Sanitation, dispensaries and jails vaccination Rajputana 1922-1927 - 1922-1927
Year: 1922
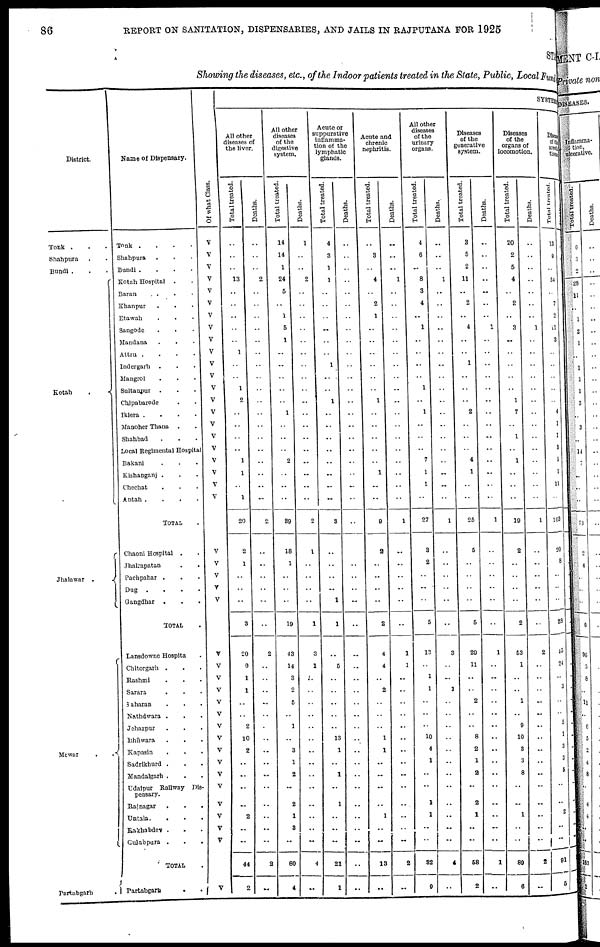
86
REPORT ON SANITATION, DISPENSARIES, AND JAILS IN RAJPUTANA FOR 1925
STATE
Showing the diseases, etc., of the Indoor patients treated in the State, Public, Local Fund
District.
Tonk . . .
Shahpura . .
Bundi . . .
Kotah
.
Jhalawar .
Mewar
.
.
Partabgarh
.
Name of Dispensary.
Tonk .
.
.
.
Shahpura . . .
Bundi .
.
.
.
Kotah Hospital
. .
Baran . . .
Khanpur . . .
Etawah . . .
Sangode . . .
Mandana . . .
Attru .
.
.
.
Indergarh
. . .
Mangrol . . .
Sultanpur . . .
Chipabarode . .
Iklera . . . .
Manoher Thana
. .
Shahbad . . .
Local Regimental Hospital
Bakani . . .
Kishanganj . . .
Chechat . . .
Antah .
.
.
.
TOTAL .
Chaoni Hospital . .
Jhalrapatan
.
.
Pachpahar . . .
Dug
.
.
.
.
Gangdhar
. . .
TOTAL .
Lansdowne Hospital .
Chitorgarh . . .
Rashmi . . .
Sarara . . .
Saharan . . .
Nathdwara . . .
Jehazpur . . .
Bhilwara . . .
Kapasin . . .
Sadrikhurd . . .
Mandalgarh . . .
Udaipur Railway Dis-
pensary.
Rajnagar
.
.
.
Untala. . . .
Rakhabdev . . .
Gulabpura .
.
.
TOTAL .
Partabgarh . .
Of what Class.
V
V
V
V
V
V
V
V
V
V
V
V
V
V
V
V
V
V
V
V
V
V
V
V
V
V
V
V
V
V
V
V
V
V
V
V
V
V
V
V
V
V
V
V
SYSTEMATIC
All other
diseases of
the liver.
Total treated.
..
..
..
13
..
..
..
..
..
1
..
..
1
2
..
..
..
..
1
1
..
1
20
2
1
..
..
..
3
20
6
1
1
..
..
2
10
2
..
..
..
..
2
..
..
44
2
Deaths.
..
..
..
2
..
..
..
..
..
..
..
..
..
..
..
..
..
..
..
..
..
..
2
..
..
..
..
..
..
2
..
..
..
..
..
..
..
..
..
..
..
..
..
..
..
2
..
All other
diseases
of the
digestive
system.
Total treated.
14
14
1
24
5
..
1
5
1
..
..
..
..
..
1
..
..
..
2
..
..
..
39
18
1
..
..
..
19
43
14
3
2
5
..
1
..
3
1
2
..
2
1
3
..
80
4
Deaths.
1
..
..
2
..
..
..
..
..
..
..
..
..
..
..
..
..
..
..
..
..
..
2
1
..
..
..
..
1
3
1
..
..
..
..
..
..
..
..
..
..
..
..
..
..
4
..
Acute or
suppurative
inflamma-
tion of the
lymphatic
glands.
Total treated.
4
3
1
1
..
..
..
..
..
..
1
..
..
1
..
..
..
..
..
..
..
..
3
..
..
..
..
1
1
..
5
..
..
..
..
..
13
1
..
1
..
1
..
..
..
21
1
Deaths.
..
..
..
..
..
..
..
..
..
..
..
..
..
..
..
..
..
..
..
..
..
..
..
..
..
..
..
..
..
..
..
..
..
..
..
..
..
..
..
..
..
..
..
..
..
..
..
Acute and
chronic
nephritis.
Total treated.
..
3
..
4
..
2
1
..
..
..
..
..
..
1
..
..
..
..
..
1
..
..
9
2
..
..
..
..
2
4
4
..
2
..
..
..
1
1
..
..
..
..
1
..
..
13
..
Deaths.
..
..
..
1
..
..
..
..
..
..
..
..
..
.._
..
..
..
..
..
..
..
..
1
..
..
..
..
..
..
1
1
..
..
..
..
..
..
..
..
..
..
..
..
..
..
2
..
All other
diseases
of the
urinary
organs.
Total treated.
4
6
..
8
3
4
..
1
..
..
..
..
1
..
1
..
..
..
7
1
1
..
27
3
2
..
..
..
5
13
..
1
1
..
..
..
10
4
1
..
..
1
1
..
..
32
9
Deaths.
..
..
..
1
..
..
..
..
..
..
..
..
..
..
..
..
..
..
..
..
..
..
1
..
..
..
..
..
..
3
..
..
1
..
..
..
..
..
..
..
..
..
..
..
..
4
..
Diseases
of the
generative
system.
Total treated.
3
5
2
11
..
2
..
4
..
..
1
..
..
..
2
..
..
..
4
1
..
..
25
5
..
..
..
..
5
29
11
..
..
2
..
..
8
2
1
2
..
2
1
..
..
58
2
Deaths.
..
..
..
..
..
..
..
1
..
..
..
..
..
..
..
..
..
..
..
..
..
..
1
..
..
..
..
..
..
1
..
..
..
..
..
..
..
..
..
..
..
..
..
..
..
1
..
Diseases
of the
organs of
locomotion.
Total treated.
20
2
5
4
..
2
..
3
..
..
..
..
..
1
7
..
1
..
1
..
..
..
19
2
..
..
..
..
2
53
1
..
..
1
..
9
10
3
3
8
..
..
1
..
..
89
6
Deaths.
..
..
..
..
..
..
..
1
..
..
..
..
..
..
..
..
..
..
..
..
..
..
1
..
..
..
..
..
..
2
..
..
..
..
..
..
..
..
..
..
..
..
..
..
..
2
..
Diseases
of the
areolar
tissue.
Total treated.
13
9
..
54
..
7
2
11
3
..
..
..
..
..
4
1
1
3
5
1
11
..
103
20
8
..
..
..
28
45
24
..
3
..
..
5
1
3
3
5
..
..
2
..
..
91
5
Deaths.
..
..
..
..
..
..
..
..
..
..
..
..
..
..
..
..
..
..
..
..
..
..
..
..
..
..
..
..
..
..
..
..
..
..
..
..
..
..
..
..
..
..
..
..
..
..
..